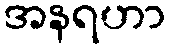
အနရဟာ